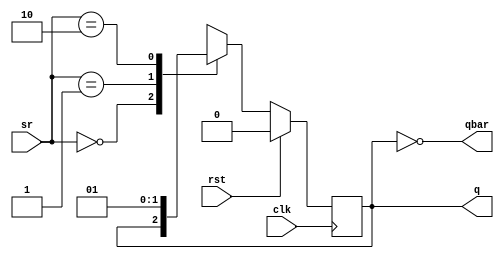
// SR_flipflop Verilog Code

module srflipflop(q,qbar,clk,rst,sr);
	output reg q;
	output qbar;
	input clk, rst;
	input [1:0] sr;

	assign qbar = ~q;

	always @(posedge clk)
	begin
		if (rst)
			q <= 0;
		else
			case(sr)
				2'b00: q <= q;
				2'b01: q <= 0;
				2'b10: q <= 1;
				2'b11: q <= 1'bx;
			endcase
	end
endmodule


// TestBench SR flipflop